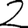
Digit: 2